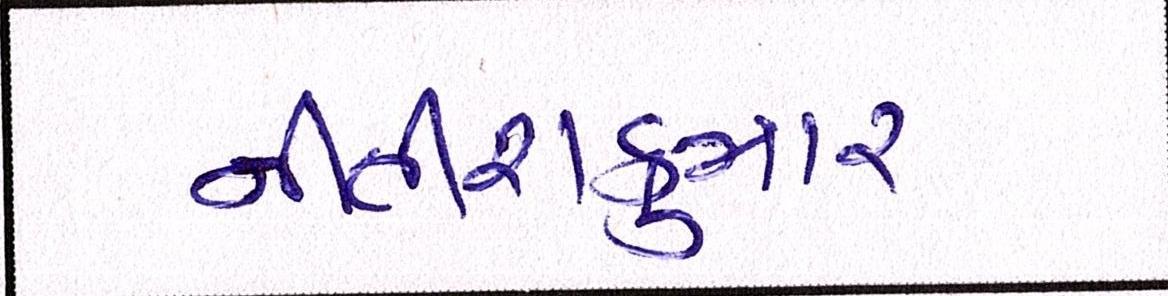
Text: નીતીશકુમાર